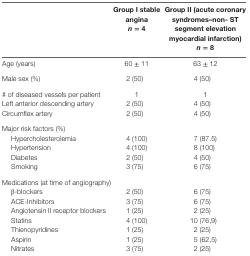
|  | Group I stable angina n = 4 | Group II (acute coronary syndromes–non- ST segment elevation myocardial infarction) n = 8 |
 | --- | --- | --- |
 | Age (years) | 60 ± 11 | 63 ± 12 |
 | Male sex (%) | 2 (50) | 4 (50) |
 | # of diseased vessels per patient | 1 | 1 |
 | Left anterior descending artery | 2 (50) | 4 (50) |
 | Circumflex artery | 2 (50) | 4 (50) |
 | <COLSPAN=3> Major risk factors (%) |
 | Hypercholesterolemia | 4 (100) | 7 (87.5) |
 | Hypertension | 4 (100) | 8 (100) |
 | Diabetes | 2 (50) | 4 (50) |
 | Smoking | 3 (75) | 6 (75) |
 | <COLSPAN=3> Medications (at time of angiography) |
 | β-blockers | 2 (50) | 6 (75) |
 | ACE-Inhibitors | 3 (75) | 6 (75) |
 | Angiotensin II receptor blockers | 1 (25) | 2 (25) |
 | Statins | 4 (100) | 10 (76,9) |
 | Thienopyridines | 1 (25) | 2 (25) |
 | Aspirin | 1 (25) | 5 (62,5) |
 | Nitrates | 3 (75) | 2 (25) |